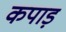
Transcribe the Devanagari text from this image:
कपाड़